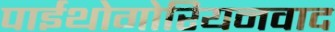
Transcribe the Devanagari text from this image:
पाईथोगोरियनवाद